Vaccination in Bombay 1924-1928 - 1924-1928
Year: 1924
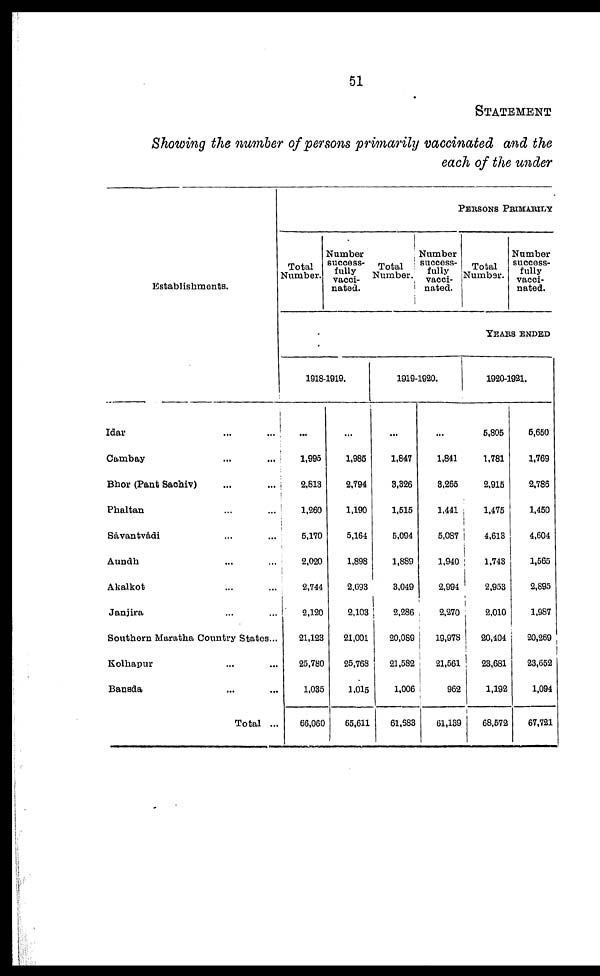
51
STATEMENT
Showing the number of persons primarily vaccinated and the
each of the under
Establishments.
Idar ... ...
Cambay ... ...
Bhor (Pant Sachiv) ... ...
Phaltan ... ...
Sávantvádi ... ...
Aundh ... ...
Akalkot ... ...
Janjira ... ...
Southern Maratha Country States...
Kolhapur ... ...
Bansda ... ...
Total ...
PERSONS PRIMARILY
Total
Number.
Number
success-
fully
vacci-
nated.
Total
Number.
Number
success-
fully
vacci-
nated.
Total
Number.
Number
success-
fully
vacci-
nated.
YEARS ENDED
1918-1919.
...
1,995
2,813
1,260
5,170
2,020
2,744
2,120
21,123
25,780
1,035
66,060
...
1,985
3,794
1,190
5,164
1,898
2,693
2,103
21,001
25,768
1,015
65,611
1919-1920.
...
1,847
3,326
1,515
5,094
1,889
3,049
2,286
20,089
21,582
1,006
61,683
...
1,841
3,265
1,441
5,087
1,940
2,994
2,270
19,978
21,561
962
61,139
1920-1921.
5,805
1,781
2,915
1,475
4,613
1,743
2,953
2,010
20,404
23,681
1,192
68,572
5,650
1,769
2,786
1,450
4,604
1,565
2,895
1,987
20,269
23,652
1,094
67,721